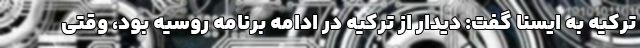
ترکیه به ایسنا گفت: دیدار از ترکیه در ادامه برنامه روسیه بود، وقتی